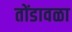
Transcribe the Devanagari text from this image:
तोंडावळा